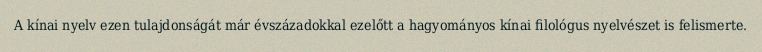
A kínai nyelv ezen tulajdonságát már évszázadokkal ezelőtt a hagyományos kínai filológus nyelvészet is felismerte.